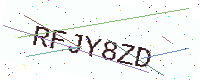
Text: RFJY8ZD